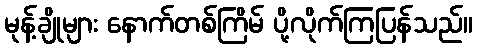
မုန့်ချိုများ နောက်တစ်ကြိမ် ပို့လိုက်ကြပြန်သည်။